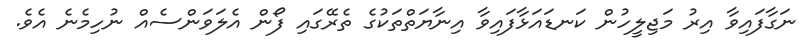
ނަގާފައިވާ އިރު މަޖިލީހުން ކަނޑައަޅާފައިވާ އިނާޔަތްތަކުގެ ތެރޭގައި ފޯން އެލަވަންސެއް ނުހިމެނެ އެވެ.